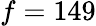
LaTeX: f=149